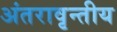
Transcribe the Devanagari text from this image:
अंतरावृन्तीय